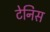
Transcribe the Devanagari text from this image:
टेनिस